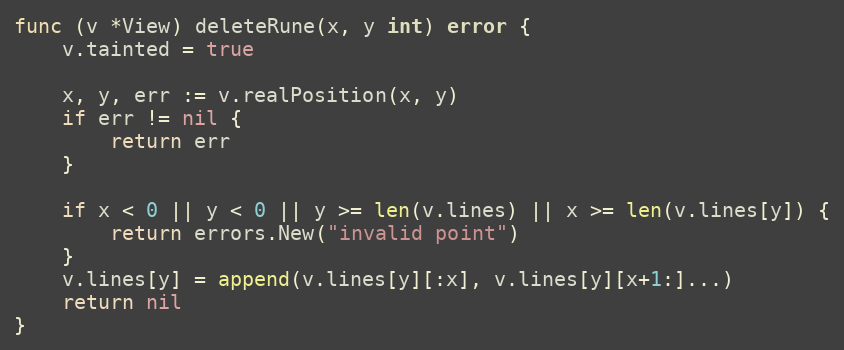
Language: Go
func (v *View) deleteRune(x, y int) error {
	v.tainted = true

	x, y, err := v.realPosition(x, y)
	if err != nil {
		return err
	}

	if x < 0 || y < 0 || y >= len(v.lines) || x >= len(v.lines[y]) {
		return errors.New("invalid point")
	}
	v.lines[y] = append(v.lines[y][:x], v.lines[y][x+1:]...)
	return nil
}